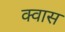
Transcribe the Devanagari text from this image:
क्वास